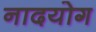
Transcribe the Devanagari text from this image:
नादयोग